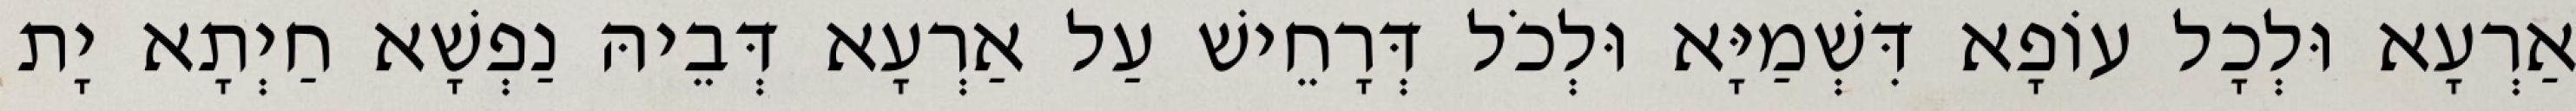
אַרְעָא וּלְכָל עוֹפָא דִּשְׁמַיָּא וּלְכֹל דְּרָחֵישׁ עַל אַרְעָא דְּבֵיהּ נַפְשָׁא חַיְתָא יָת